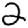
Digit: 2